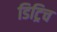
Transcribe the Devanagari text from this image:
डिट्रिच